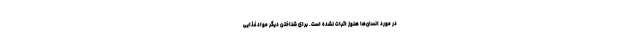
در مورد انسان‌ها هنوز اثبات نشده است. برای شناختن دیگر مواد غذایی